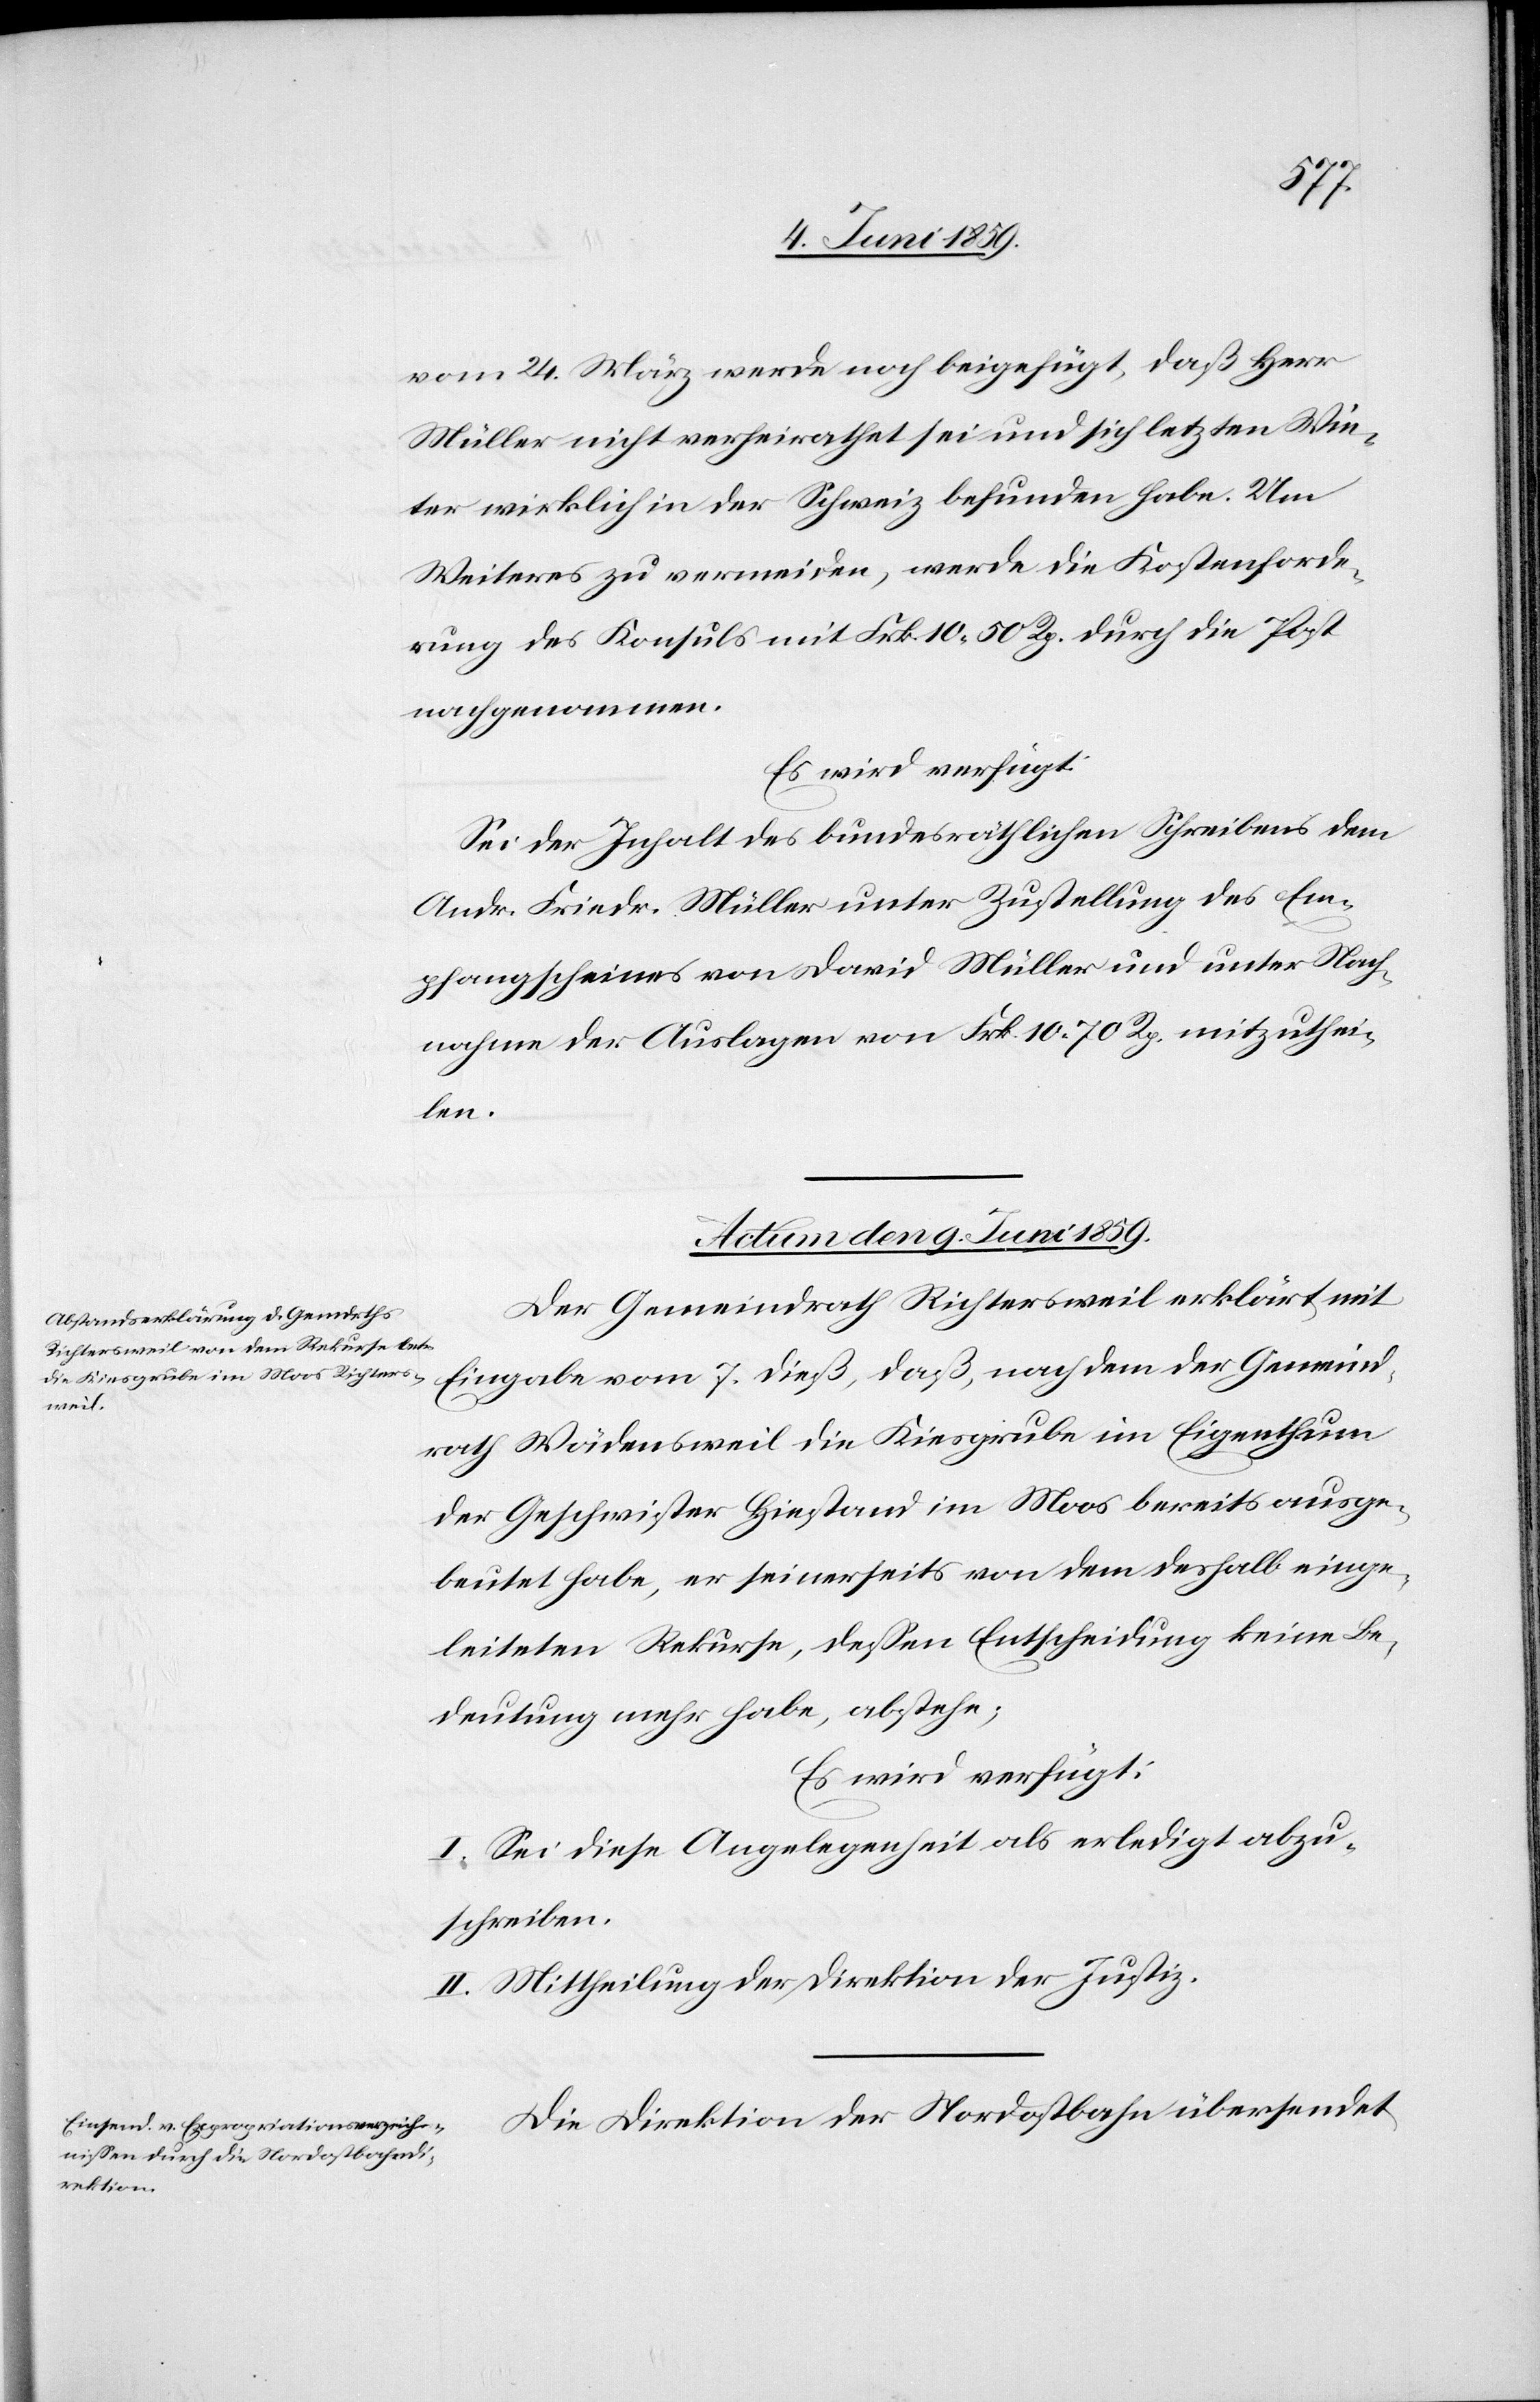
vom 24. März werde noch beigefügt, daß Herr
Müller nicht verheirathet sei und sich letzten Win¬
ter wirklich in der Schweiz befunden habe. Um
Weiteres zu vermeiden, werde die Kostenforde¬
rung des Konsuls mit Frk. 10.50 Rp. durch die Post
nachgenommen.
Es wird verfügt:
Sei der Inhalt des bundesräthlichen Schreibens dem
Andr. Friedr. Müller unter Zustellung des Em¬
pfangscheines von David Müller und unter Nach¬
nahme der Auslagen von Frk. 10.70 Rp. mitzuthei¬
len.
Actum den 9. Juni 1859.]
Der Gemeindrath Richtersweil erklärt mit
Eingabe vom 7. dieß, daß, nachdem der Gemeind¬
rathe Wädensweil die Kiesgrube im Eigenthum
der Geschwister Hiestand im Moos bereits ausge¬
beutet habe, er seinerseits von dem deshalb einge¬
leiteten Rekurse, dessen Entscheidung keine Be¬
deutung mehr habe, abstehe;
Es wird verfügt:
I. Sei diese Angelegenheit als erledigt abzu¬
schreiben.
II. Mittheilung der Direktion der Justiz.
Die Direktion der Nordostbahn übersendet